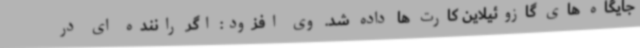
جایگاه های گازوئیلاین کارت ها داده شد. وی افزود: اگر راننده ای در